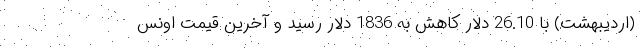
(اردیبهشت) با 26.10 دلار کاهش به 1836 دلار رسید و آخرین قیمت اونس